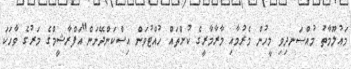
މައުލޫމާތު މުއްސަނދިވި މީހުން މެރުމާއި މާރާމާރީގެ ކުށްތައް ހުއްޓުވަން އިސްކަންދޭނަން"އަފްރާޝީމްގެ މަރުގެ ވާހަކަ